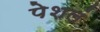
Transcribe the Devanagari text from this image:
पेशलं